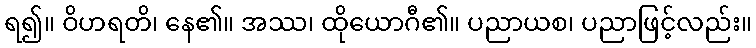
ရ၍။ ဝိဟရတိ၊ နေ၏။ အဿ၊ ထိုယောဂီ၏။ ပညာယစ၊ ပညာဖြင့်လည်း။